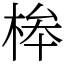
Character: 桳